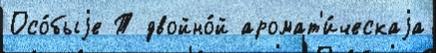
Осо́быjе Т двойно́й аромат'и́ческаjа